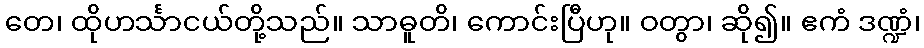
တေ၊ ထိုဟင်္သာငယ်တို့သည်။ သာဓူတိ၊ ကောင်းပြီဟု။ ဝတွာ၊ ဆို၍။ ဧကံ ဒဏ္ဍံ၊